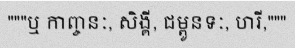
"""ឬ កាញ្ចនៈ, សិង្គី, ជម្ពូនទៈ, ហរី,"""